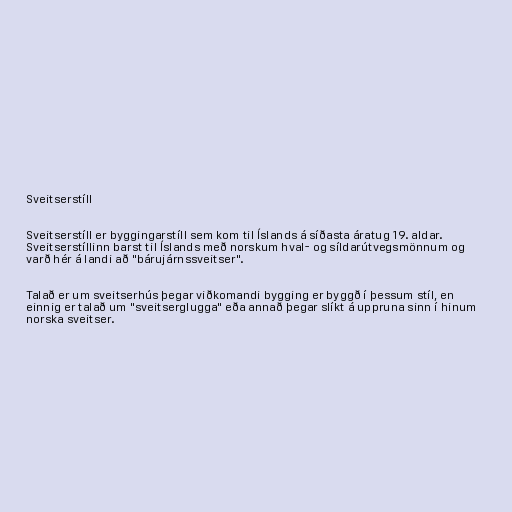
Sveitserstíll

Sveitserstíll er byggingarstíll sem kom til Íslands á síðasta áratug 19. aldar.
Sveitserstíllinn barst til Íslands með norskum hval- og síldarútvegsmönnum og
varð hér á landi að "bárujárnssveitser".

Talað er um sveitserhús þegar viðkomandi bygging er byggð í þessum stíl, en
einnig er talað um "sveitserglugga" eða annað þegar slíkt á uppruna sinn í hinum
norska sveitser.